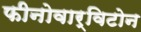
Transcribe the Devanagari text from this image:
फीनोवार्विटोन